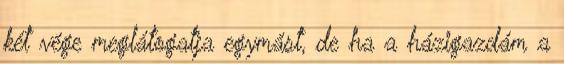
két vége meglátogatja egymást, de ha a házigazdám a